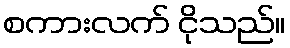
စကားလက် ငိုသည်။